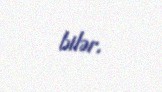
bilər.